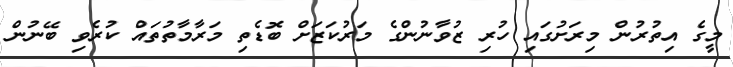
މީގެ އިތުރުން މިރަށުގައި ހުރި ޒުވާނުންގެ މަރުކަޒަށް ބޮޑެތި މަރާމާތުތައް ކުރެވި ބޭނުން